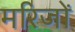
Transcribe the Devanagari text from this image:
मरिजों